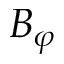
B _ { \varphi }